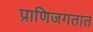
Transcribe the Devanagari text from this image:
प्राणिजगतात